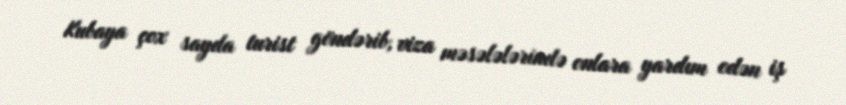
Kubaya çox sayda turist göndərib, viza məsələlərində onlara yardım edən iş